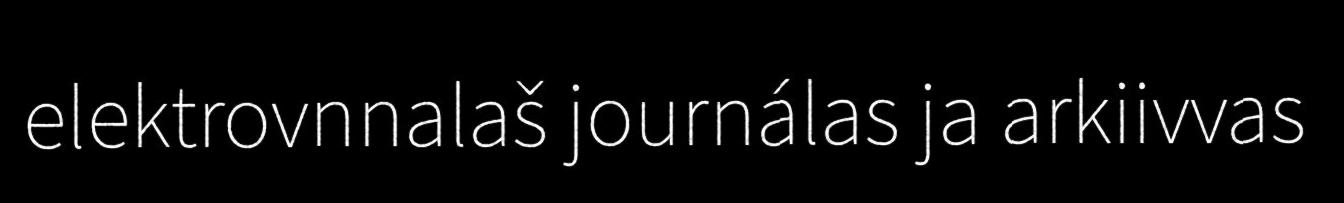
elektrovnnalaš journálas ja arkiivvas